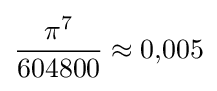
{\frac {\pi ^{7}}{604800}}\approx 0{,}005